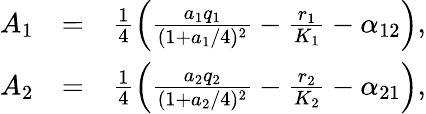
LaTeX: \begin{array}{rlr}{A_{1}}&{=}&{\frac{1}{4}\left(\frac{a_{1}q_{1}}{(1+a_{1}/4)^{2}}-\frac{r_{1}}{K_{1}}-\alpha_{12}\right),}\\ {A_{2}}&{=}&{\frac{1}{4}\left(\frac{a_{2}q_{2}}{(1+a_{2}/4)^{2}}-\frac{r_{2}}{K_{2}}-\alpha_{21}\right),}\end{array}